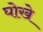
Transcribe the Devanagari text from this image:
घोखे